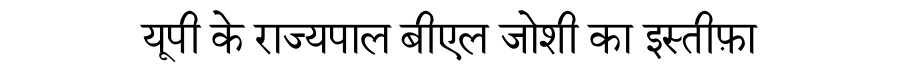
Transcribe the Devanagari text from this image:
यूपी के राज्यपाल बीएल जोशी का इस्तीफ़ा